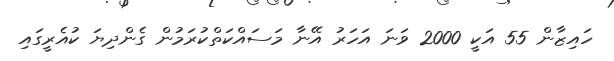
ހައިޒާން 55 އަކީ 2000 ވަނަ އަހަރު އޭނާ މަސައްކަތްކުރަމުން ގެންދިޔަ ކުއެރީގައި